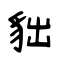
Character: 貀